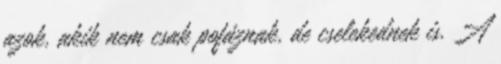
azok, akik nem csak pofáznak, de cselekednek is. A